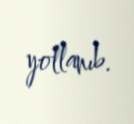
yollanıb.